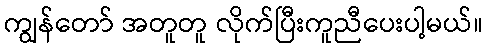
ကျွန်တော် အတူတူ လိုက်ပြီးကူညီပေးပါ့မယ်။